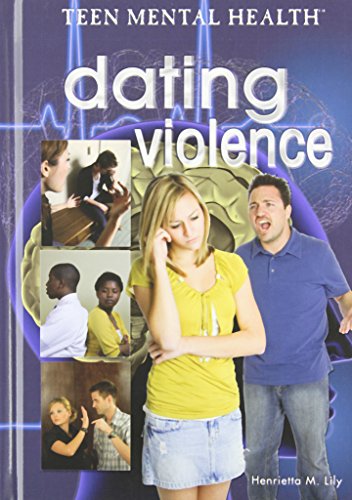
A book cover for Dating Violence (Teen Mental Health); Henrietta M. Lily; Teen & Young Adult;